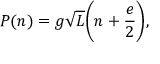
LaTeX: P ( n ) = g \sqrt L \bigg ( n + \frac { e } { 2 } \bigg ) ,